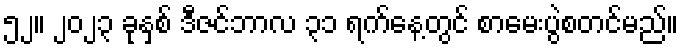
၅၂။ ၂၀၂၃ ခုနှစ် ဒီဇင်ဘာလ ၃၁ ရက်နေ့တွင် စာမေးပွဲစတင်မည်။